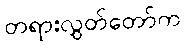
တရားလွှတ်တော်က